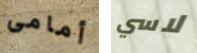
أمامى لاسي